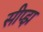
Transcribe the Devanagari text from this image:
सीप्झ